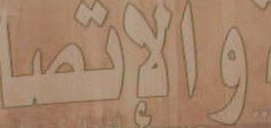
والإتصا